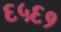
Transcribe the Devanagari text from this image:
६५६१